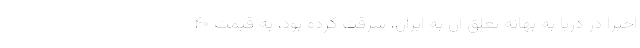
اخیرا در دریا به بهانه تعلق آن به ایران، سرقت کرده بود، به قیمت ۴۰‌